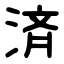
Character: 済